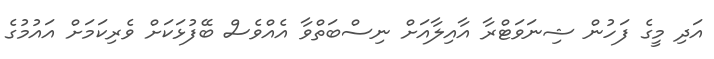
އަދި މީގެ ފަހުން ޝިނަވަޓްރާ އާއިލާއަށް ނިސްބަތްވާ އެއްވެސް ބޭފުޅަކަށް ވެރިކަމަށް އައުމުގެ